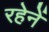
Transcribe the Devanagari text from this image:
रहेनें